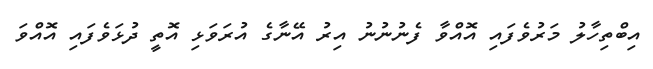
އިބްތިހާލު މަރުވެފައި އޮއްވާ ފެނުނުނު އިރު އޭނާގެ އުރަވަޅި އޮތީ ދުޅަވެފައި އޮއްވަ